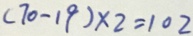
( 7 0 - 1 9 ) \times 2 = 1 0 2